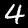
Label: 4